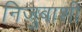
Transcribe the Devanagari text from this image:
निजुबाशी